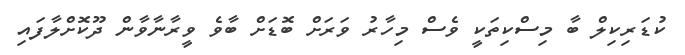
ކުޑަރިކިލް ބާ މިސްކިތަކީ ވެސް މިހާރު ވަރަށް ބޮޑަށް ބާވެ ވީރާނާވާން ދޫކޮށްލާފައި